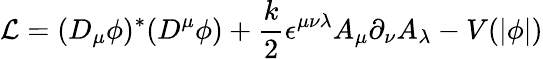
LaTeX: {\cal L}=(D_{\mu}\phi)^{*}(D^{\mu}\phi)+\frac{k}{2}\epsilon^{\mu\nu\lambda}A_{\mu}\partial_{\nu}A_{\lambda}-V(\vert\phi\vert)